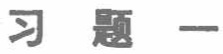
习题一